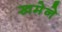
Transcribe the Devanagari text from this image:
खमेने